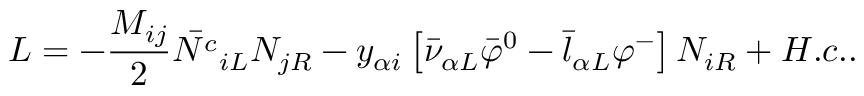
{ \cal L } = - \frac { M _ { i j } } { 2 } \bar { N ^ { c } } _ { i L } N _ { j R } - y _ { \alpha i } \left[ \bar { \nu } _ { \alpha L } \bar { \varphi } ^ { 0 } - \bar { l } _ { \alpha L } \varphi ^ { - } \right] N _ { i R } + H . c . .